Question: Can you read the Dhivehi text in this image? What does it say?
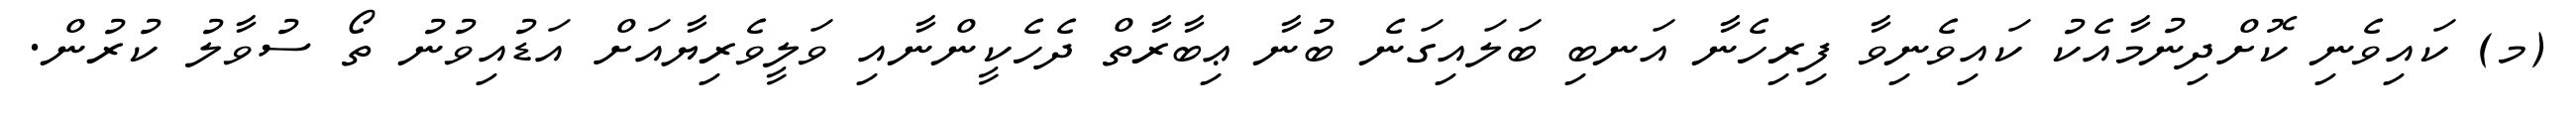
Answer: (މ) ކައިވެނި ކޮށްދިނުމާއެކު ކައިވެނިވާ ފިރިހެނާ އަނބި ބަލައިގަނެ ބުނާ ޢިބާރާތް ދެހެކީންނާއި ވަލީވެރިޔާއަށް އަޑުއިވުނު ތޯ ސުވާލު ކުރުން.